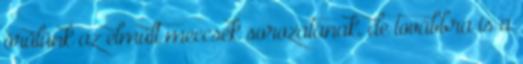
örülünk az elmúlt meccsek sorozatának, de továbbra is a